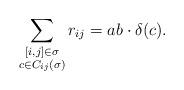
LaTeX: \begin{align*} \sum_{\substack{[i,j]\in\sigma \\ c\in C_{ij}(\sigma)}} r_{ij}=ab\cdot\delta(c).\end{align*}